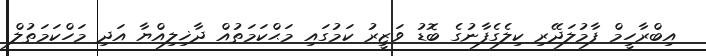
އިބްރާހީމް ފާމުލަދޭރި ކިލެގެފާނުގެ ބޮޑު ވަޒީރު ކަމުގައި މަޙްކަމަތުއް ދާޚިލިއްޔާ އަދި މަހްކަމަތުލް